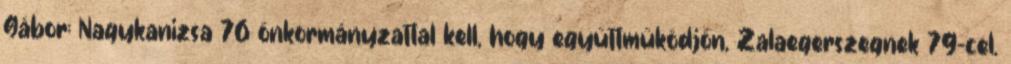
Gábor: Nagykanizsa 76 önkormányzattal kell, hogy együttműködjön, Zalaegerszegnek 79-cel.